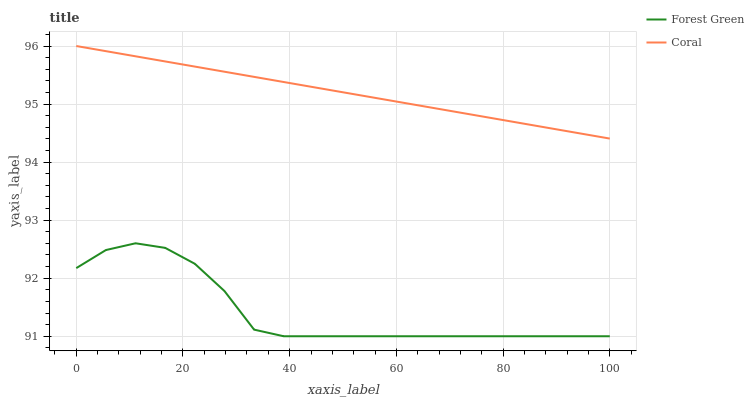
| xaxis_label | Forest Green | Coral |
 | --- | --- | --- |
 | 0 | 92.2 | 96 |
 | 5.56 | 92.5 | 95.9 |
 | 11.1 | 92.6 | 95.8 |
 | 16.7 | 92.5 | 95.7 |
 | 22.2 | 92.2 | 95.6 |
 | 27.8 | 91.8 | 95.6 |
 | 33.3 | 91.1 | 95.5 |
 | 38.9 | 91 | 95.4 |
 | 44.4 | 91 | 95.3 |
 | 50 | 91 | 95.2 |
 | 55.6 | 91 | 95.1 |
 | 61.1 | 91 | 95 |
 | 66.7 | 91 | 94.9 |
 | 72.2 | 91 | 94.8 |
 | 77.8 | 91 | 94.8 |
 | 83.3 | 91 | 94.7 |
 | 88.9 | 91 | 94.6 |
 | 94.4 | 91 | 94.5 |
 | 100 | 91 | 94.4 |